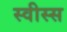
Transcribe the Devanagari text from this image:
स्वीस्स